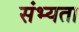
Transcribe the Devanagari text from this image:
संभ्यता